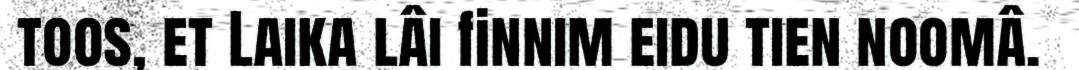
toos, et Laika lâi finnim eidu tien noomâ.